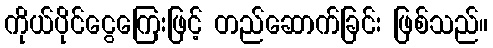
ကိုယ်ပိုင်ငွေကြေးဖြင့် တည်ဆောက်ခြင်း ဖြစ်သည်။